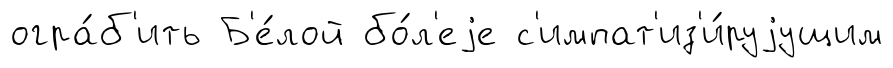
огра́б'ить Б'е́лой бо́л'еjе с'импат'из'и́руjущим